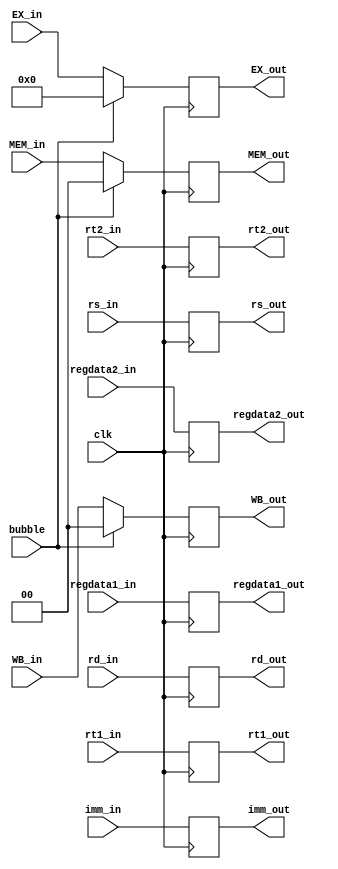
module ID_EX_register(EX_out,MEM_out,WB_out,
regdata1_out,regdata2_out,imm_out,rs_out,rt1_out,rd_out,
EX_in,MEM_in,WB_in,regdata1_in,rt2_out,
regdata2_in,imm_in,rs_in,rt1_in,rd_in,rt2_in,clk,bubble);
    input [1:0]WB_in,MEM_in;
    input [3:0]EX_in;
    input clk,bubble;
    input [31:0]regdata1_in,regdata2_in,imm_in;
    input [4:0]rs_in,rt1_in,rd_in,rt2_in;
    output [1:0]WB_out,MEM_out;
    output [3:0]EX_out;
    output [31:0]regdata1_out,regdata2_out,imm_out;
    output [4:0]rs_out,rt1_out,rd_out,rt2_out;
    reg [1:0]WB_out,MEM_out;
    reg [3:0]EX_out;
    reg [31:0]regdata1_out,regdata2_out,imm_out;
    reg [4:0]rs_out,rt1_out,rd_out,rt2_out;
    reg [133:0]ID_EX;
    
    initial begin 
       WB_out=2'b0;
       MEM_out=2'b0;
       EX_out=4'b0;
       regdata1_out=32'b0;
       regdata2_out=32'b0;
       imm_out=32'b0;
       rs_out=5'b0;
       rt1_out=5'b0;
       rd_out=5'b0;
       rt2_out=5'b0;
       ID_EX=134'b0;
    end
    
    always @(posedge clk)begin
        if (!bubble) begin 
            ID_EX[133:132]=WB_in;
            ID_EX[130:127]=EX_in;
            ID_EX[126:125]=MEM_in;
        end else begin 
            ID_EX[133:132]=2'b0;
            ID_EX[130:127]=4'b0;
            ID_EX[126:125]=2'b0;
        end
            ID_EX[122:118]=rt2_in;
            ID_EX[110:79]=regdata1_in;
            ID_EX[78:47]=regdata2_in;
            ID_EX[46:15]=imm_in;
            ID_EX[14:10]=rs_in;
            ID_EX[9:5]=rt1_in;
            ID_EX[4:0]=rd_in;
        WB_out=ID_EX[133:132];
        EX_out=ID_EX[130:127];
        MEM_out=ID_EX[126:125];
        rt2_out=ID_EX[122:118];
        regdata1_out=ID_EX[110:79];
        regdata2_out=ID_EX[78:47];
        imm_out=ID_EX[46:15];
        rs_out=ID_EX[14:10];
        rt1_out=ID_EX[9:5];
        rd_out=ID_EX[4:0];
    end
endmodule